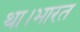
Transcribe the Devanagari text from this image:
था।भारत